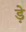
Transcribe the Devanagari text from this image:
ड़े